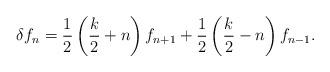
LaTeX: \begin{align*}\delta f_n=\frac{1}{2}\left(\frac{k}{2}+n\right)f_{n+1}+\frac{1}{2}\left(\frac{k}{2}-n\right)f_{n-1}.\end{align*}